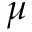
\mu